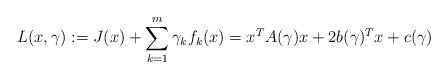
LaTeX: \begin{align*}L(x,\gamma):=J(x)+\sum\limits_{k=1}^m\gamma_kf_k(x)=x^TA(\gamma)x+2b(\gamma)^Tx+c(\gamma)\end{align*}